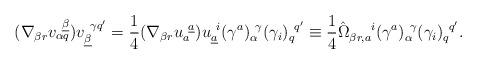
LaTeX: \begin{align*}(\nabla_{\beta r}v^{~\underline\beta}_{\alpha q})v_{\underline\beta}^{~\gamma q'}={1\over 4}(\nabla_{\beta r}u_a^{~\underline a})u_{\underline a}^{~i}(\gamma^a)^{~\gamma}_\alpha(\gamma_{i})^{~q'}_q\equiv{1\over 4}\hat\Omega_{\beta r,a}^{~~~~i}(\gamma^a)^{~\gamma}_\alpha(\gamma_{i})^{~q'}_q.\end{align*}